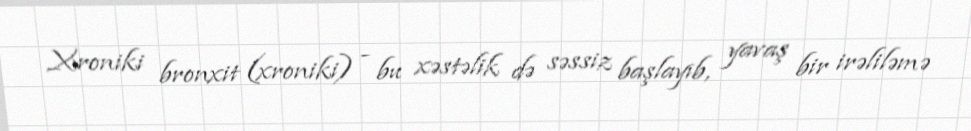
Xroniki bronxit (xroniki) - bu xəstəlik də səssiz başlayıb, yavaş bir irəliləmə